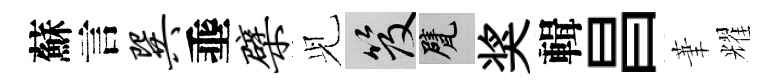
蘇言巽埀檗𫤗笈甓奖輯昌茟耀